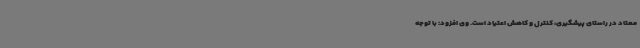
معتاد در راستای پیشگیری، کنترل و کاهش اعتیاد است. وی افزود: با توجه